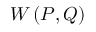
W \left( P , Q \right)